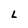
Character: L